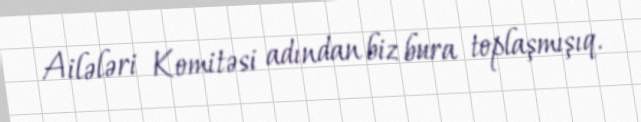
Ailələri Komitəsi adından biz bura toplaşmışıq.